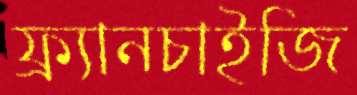
ফ্র্যানচাইজি